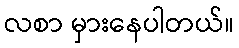
လစာ မှားနေပါတယ်။